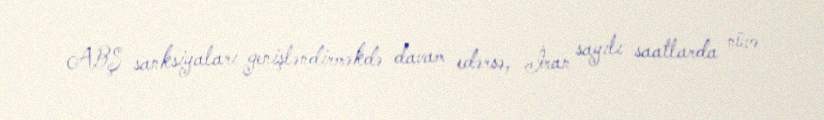
ABŞ sanksiyaları genişləndirməkdə davam edərsə, İran sayılı saatlarda nüvə